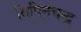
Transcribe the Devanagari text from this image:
बिपिनचन्द्र